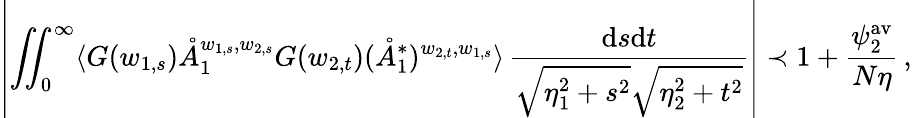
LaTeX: \left|\iint_{0}^{\infty}\langle G(w_{1,s})\mathring{A}_{1}^{w_{1,s},w_{2,s}}G(w_{2,t})(\mathring{A}_{1}^{*})^{w_{2,t},w_{1,s}}\rangle\, \frac{\mathrm{d}s\mathrm{d}t}{\sqrt{\eta_{1}^{2}+s^{2}}\sqrt{\eta_{2}^{2}+t^{2}}}\right|\prec 1+\frac{\psi_{2}^{\mathrm{av}}}{N\eta}\, ,